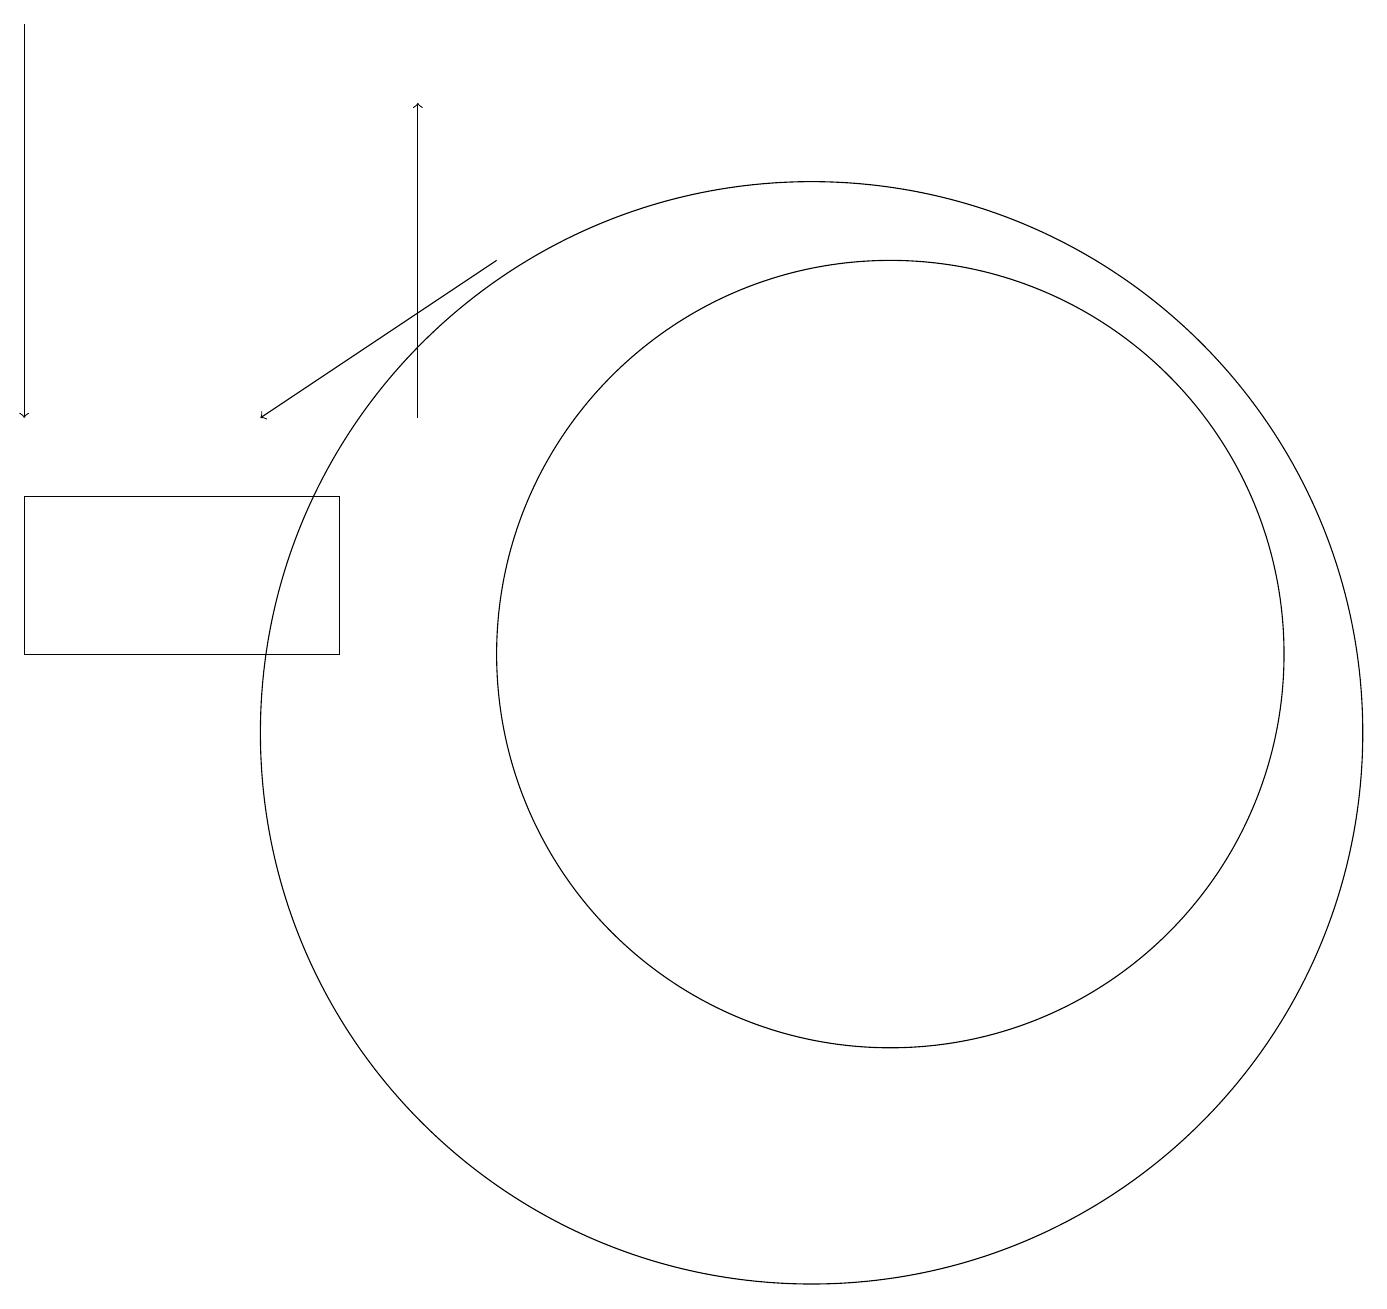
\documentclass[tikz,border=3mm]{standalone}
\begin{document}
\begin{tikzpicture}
\draw[->] (1,19) -- (1,14);
\draw[->] (7,16) -- (4,14);
\draw (5,13) rectangle (1,11);
\draw[->] (6,14) -- (6,18);
\draw (11,10) circle (7);
\draw (12,11) circle (5);
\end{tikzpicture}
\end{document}